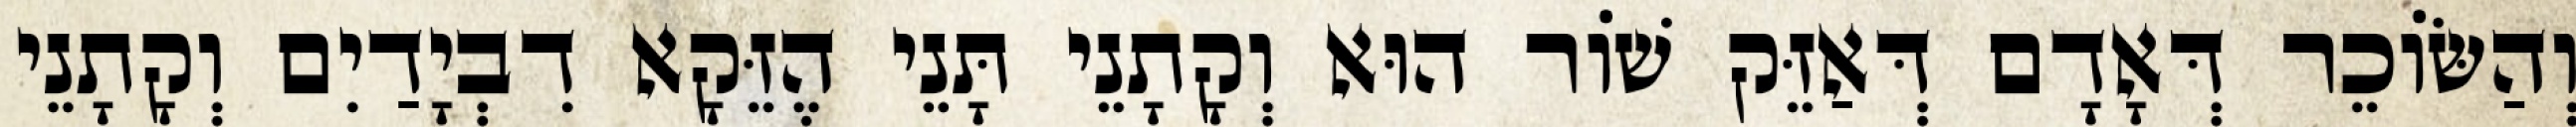
וְהַשּׂוֹכֵר דְּאָדָם דְּאַזֵּק שׁוֹר הוּא וְקָתָנֵי תָּנֵי הֶזֵּקָא דִבְיָדַיִם וְקָתָנֵי